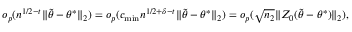
\begin{array} { r } { \ensuremath { o } _ { p } ( n ^ { 1 / 2 - t } \| { \widetilde \theta } - \theta ^ { * } \| _ { 2 } ) = \ensuremath { o } _ { p } ( c _ { \operatorname* { m i n } } n ^ { 1 / 2 + \delta - t } \| { \widetilde \theta } - \theta ^ { * } \| _ { 2 } ) = \ensuremath { o } _ { p } ( \sqrt { n _ { 2 } } \| Z _ { 0 } ( { \widetilde \theta } - \theta ^ { * } ) \| _ { 2 } ) , } \end{array}